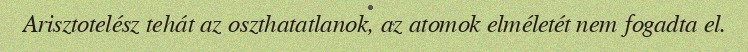
Arisztotelész tehát az oszthatatlanok, az atomok elméletét nem fogadta el.